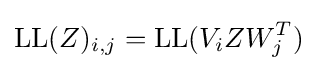
{\text{LL}}({Z})_{i,j}={\text{LL}}(V_{i}ZW_{j}^{T})